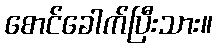
စောင်ခေါက်ပြီးသား။